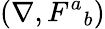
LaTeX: (\nabla,F^{a}{}_{b})